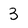
Character: 3